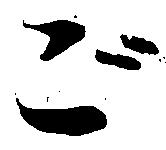
ご